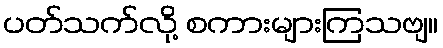
ပတ်သက်လို့ စကားများကြသဗျ။